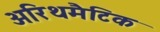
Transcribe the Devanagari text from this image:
अरिथमैटिक